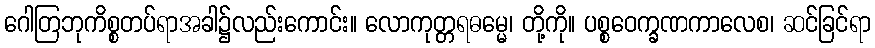
ဂေါတြဘုကိစ္စတပ်ရာအခါ၌လည်းကောင်း။ လောကုတ္တရဓမ္မေ၊ တို့ကို။ ပစ္စဝေက္ခဏကာလေစ၊ ဆင်ခြင်ရာ